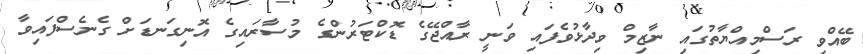
ބޭއްވި ރަސްމިއްޔާތުގައި ނާޒިމް ވިދާޅުވެފައި ވަނީ ރާއްޖޭގެ ޑޮކްޓަރުންގެ މުސާރައިގެ އޮނިގަނޑަށް ގެނެސްފައިވާ